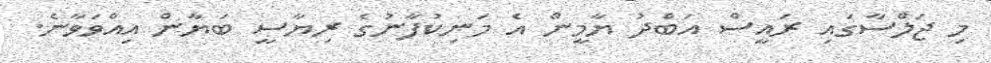
މި ޖަލްސާގައި ރައީސް އަބްދު ޔާމީން އެ މަނިކުފާނުގެ ރިޔާސީ ބަޔާން އިއްވަވާނެ.